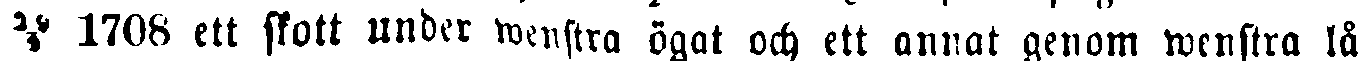
1708 ett skott unber wenstra ögat och ett annat genom wenstra lå